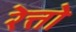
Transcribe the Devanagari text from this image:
रेत्तो